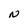
Character: N